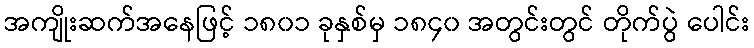
အကျိုးဆက်အနေဖြင့် ၁၈၀၁ ခုနှစ်မှ ၁၈၄၀ အတွင်းတွင် တိုက်ပွဲ ပေါင်း